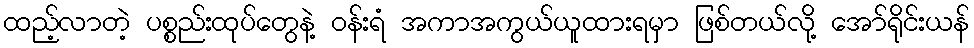
ထည့်လာတဲ့ ပစ္စည်းထုပ်တွေနဲ့ ဝန်းရံ အကာအကွယ်ယူထားရမှာ ဖြစ်တယ်လို့ အော်ရိုင်းယန်